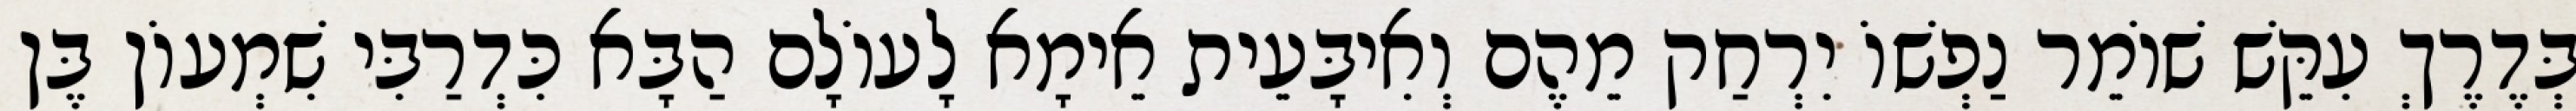
בְּדֶרֶךְ עִקֵּשׁ שׁוֹמֵר נַפְשׁוֹ יִרְחַק מֵהֶם וְאִיבָּעֵית אֵימָא לָעוֹלָם הַבָּא כִּדְרַבִּי שִׁמְעוֹן בֶּן